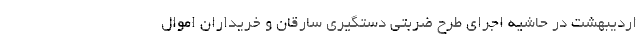
اردیبهشت در حاشیه اجرای طرح ضربتی دستگیری سارقان و خریداران اموال